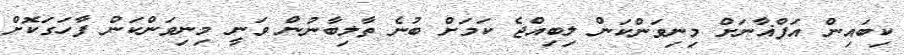
ކިބައިން އަފްޣާނަށް މިނިވަންކަން ލިބިއްޖެ ކަމަށް ބުނެ ތާލިބާނުން ވަނީ މިނިވަންކަން ފާހަގަކޮށް